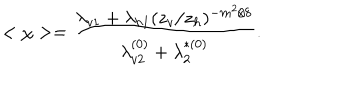
~ < \chi > = \frac { \lambda _ { v 1 } + \lambda _ { h 1 } ( z _ { v } / z _ { h } ) ^ { - m ^ { 2 } / 8 } } { \lambda _ { v 2 } ^ { ( 0 ) } + \lambda _ { 2 } ^ { * ( 0 ) } } .